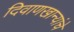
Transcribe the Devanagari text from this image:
दिवाणखान्यांचे